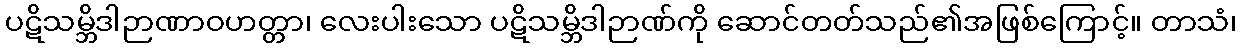
ပဋိသမ္ဘိဒါဉာဏာဝဟတ္တာ၊ လေးပါးသော ပဋိသမ္ဘိဒါဉာဏ်ကို ဆောင်တတ်သည်၏အဖြစ်ကြောင့်။ တာသံ၊